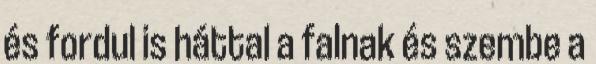
és fordul is háttal a falnak és szembe a